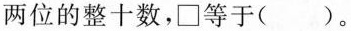
两位的整十数，□等于( )。